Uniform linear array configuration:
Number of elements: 24
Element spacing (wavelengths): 0.75
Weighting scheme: cosine
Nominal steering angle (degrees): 0
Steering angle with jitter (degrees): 0.4206
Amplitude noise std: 0.05
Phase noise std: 0.05

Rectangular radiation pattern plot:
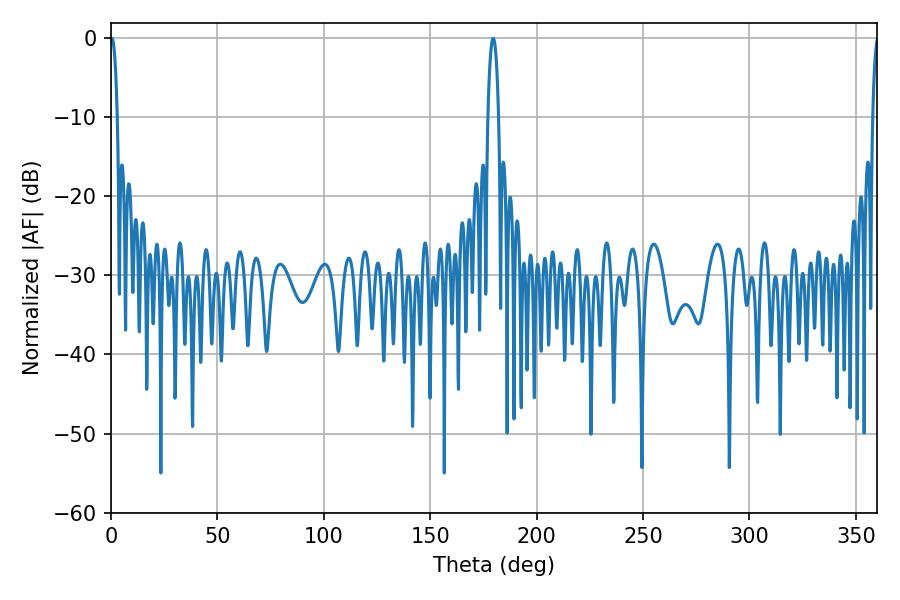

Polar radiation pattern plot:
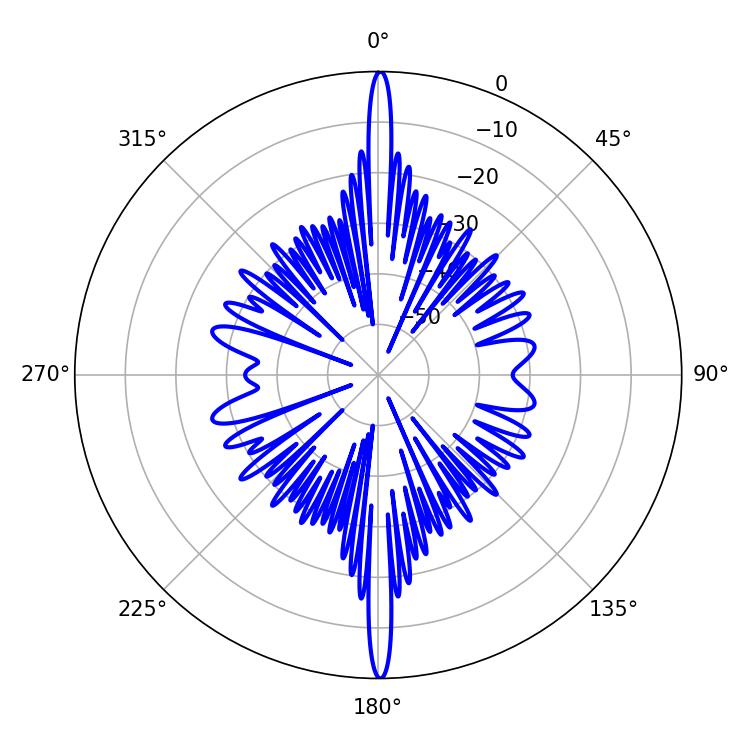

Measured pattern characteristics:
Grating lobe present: TRUE
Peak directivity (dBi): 34.007
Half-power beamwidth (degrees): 2.7
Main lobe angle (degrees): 179.64